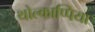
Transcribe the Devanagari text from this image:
थोल्काप्पिया